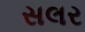
સલર